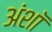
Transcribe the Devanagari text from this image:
अंशॉ